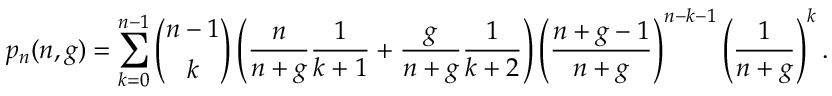
p _ { n } ( n , g ) = \sum _ { k = 0 } ^ { n - 1 } \binom { n - 1 } { k } \left( \frac { n } { n + g } \frac { 1 } { k + 1 } + \frac { g } { n + g } \frac { 1 } { k + 2 } \right) \left( \frac { n + g - 1 } { n + g } \right) ^ { n - k - 1 } \left( \frac { 1 } { n + g } \right) ^ { k } .